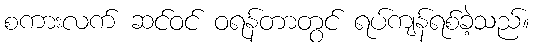
စကားလက် ဆင်ဝင် ဝရန်တာတွင် ရပ်ကျန်ရစ်ခဲ့သည်။